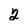
Character: 2